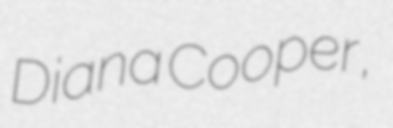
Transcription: Diana Cooper,